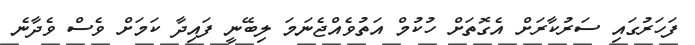
ފަހަރުގައި ސަރުކާރަށް އެގޮތަށް ހުކުމް އަތުވެއްޖެނަމަ ލިބޭނީ ފައިދާ ކަމަށް ވެސް ވެދާނެ